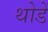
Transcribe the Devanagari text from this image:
थोडें